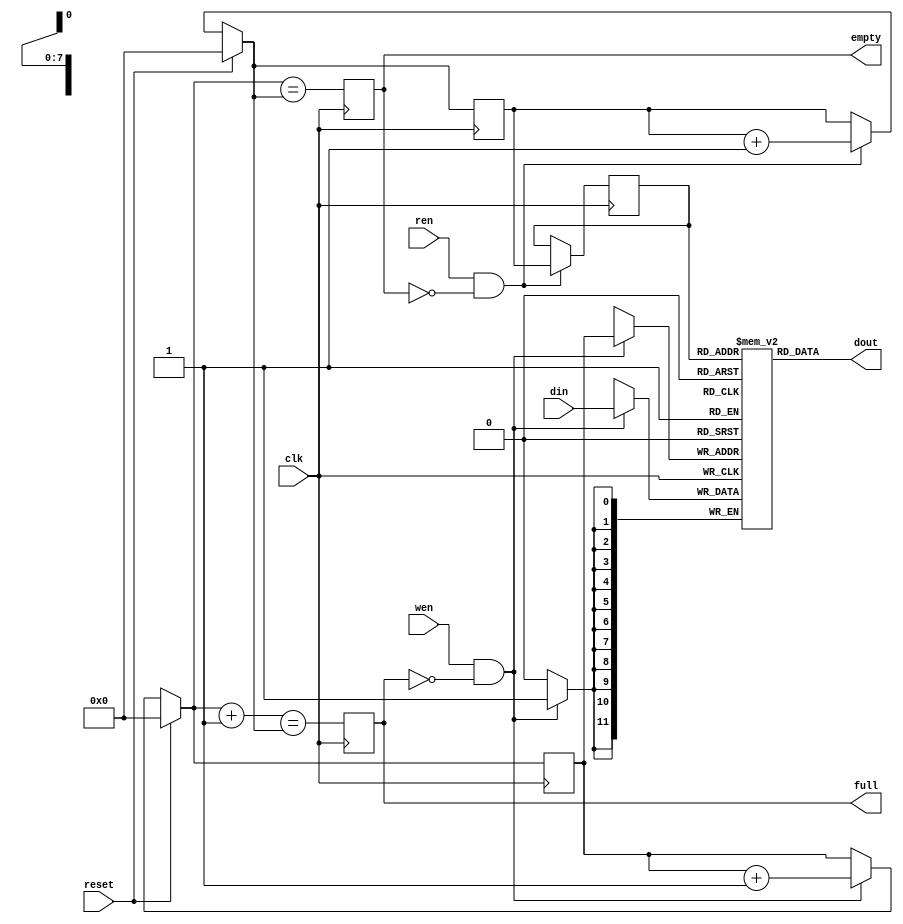
// This  Verilog HDL  source  file was  automatically generated
// by C++ model based on VPP library. Modification of this file
// is possible, but if you want to keep it in sync with the C++
// model,  please  modify  the model and re-generate this file.
// VPP library web-page: http://www.phys.ufl.edu/~madorsky/vpp/

// Timestamp : Thu Jun 13 12:52:58 2013

module l1a_bxn_fifo
(
    din,
    dout,
    wen,
    ren,
    reset,
    empty,
    full,
    clk
);

    input [11:0] din;
    output [11:0] dout;
    input wen;
    input ren;
    input reset;
    output empty;
    reg    empty;
    output full;
    reg    full;
    input clk;

    reg [11:0] mem [255:0];
    // synthesis attribute ram_style of mem is distributed
    reg [7:0] waddr;
    reg [7:0] raddr;
    reg [7:0] raddrr;
    always @(posedge clk) 
    begin
        if (wen && (!full)) 
        begin
            mem[waddr] = din;
            waddr = waddr + 1;
        end
        if (ren && (!empty)) 
        begin
            raddrr = raddr;
            raddr = raddr + 1;
        end
        if (reset) 
        begin
            waddr = 0;
            raddr = 0;
        end
        full = (waddr + 1) == raddr;
        empty = waddr == raddr;
    end
    assign dout = mem[raddrr];
endmodule